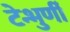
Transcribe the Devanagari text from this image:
टेन्भुर्णी